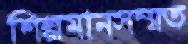
শিল্পমানসম্মত